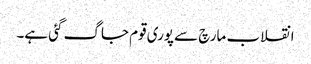
انقلاب مارچ سے پوری قوم جاگ گئی ہے۔